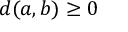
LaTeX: d ( a , b ) \geq 0